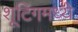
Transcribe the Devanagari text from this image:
शूटिंगमध्ये